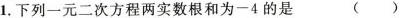
1.下列一元二次方程两实数根和为-4的是 ()